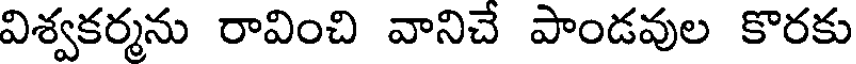
విశ్వకర్మను రావించి వానిచే పాండవుల కొరకు